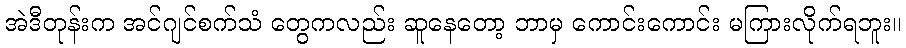
အဲဒီတုန်းက အင်ဂျင်စက်သံ တွေကလည်း ဆူနေတော့ ဘာမှ ကောင်းကောင်း မကြားလိုက်ရဘူး။